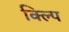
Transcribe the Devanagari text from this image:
क्ल्पि